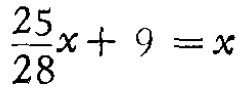
$\frac{25}{28}x + 9 = x$